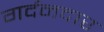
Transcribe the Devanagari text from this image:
गर्दनदार